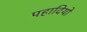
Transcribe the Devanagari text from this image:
पहादियो